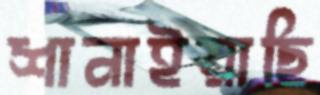
শানাইয়াছি